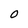
Character: O